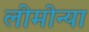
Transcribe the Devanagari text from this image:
लीमोन्या